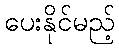
ပေးနိုင်မည့်